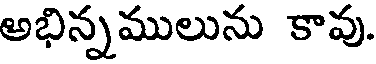
అభిన్నములును కావు.